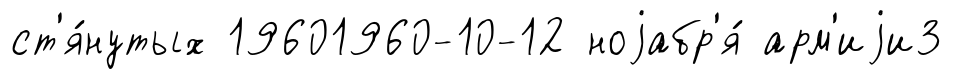
ст'я́нутых 19601960-10-12 ноjабр'я́ арм'иjи3